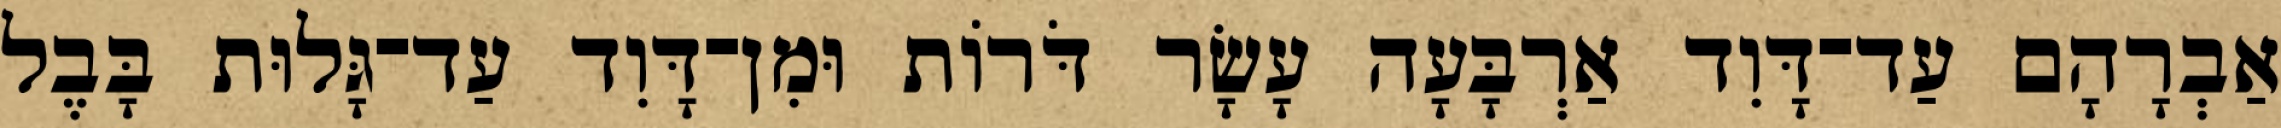
אַבְרָהָם עַד־דָּוִד אַרְבָּעָה עָשָׂר דֹּרוֹת וּמִן־דָּוִד עַד־גָּלוּת בָּבֶל